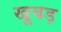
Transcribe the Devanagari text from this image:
खूबड़